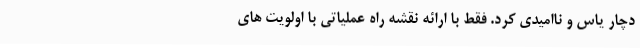
دچار یاس و ناامیدی کرد. فقط با ارائه نقشه راه عملیاتی با اولویت های